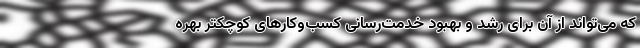
که می‌تواند از آن برای رشد و بهبود خدمت‌رسانی کسب‌وکارهای کوچکتر بهره